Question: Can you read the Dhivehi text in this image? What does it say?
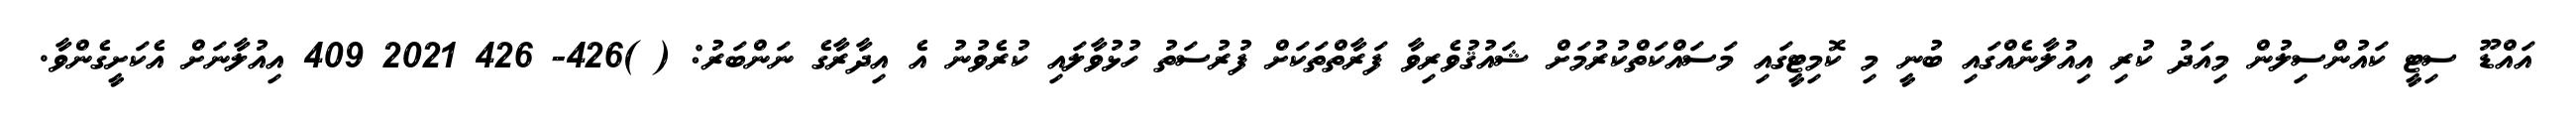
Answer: އައްޑޫ ސިޓީ ކައުންސިލުން މިއަދު ކުރި އިއުލާނެއްގައި ބުނީ މި ކޮމިޓީގައި މަސައްކަތްކުރުމަށް ޝައުޤުވެރިވާ ފަރާތްތަކަށް ފުރުސަތު ހުޅުވާލައި ކުރެވުނު އެ އިދާރާގެ ނަންބަރު: ( )426- 426 2021 409 އިއުލާނަށް އެކަށީގެންވާ.